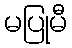
မပြုမီ